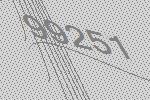
99251